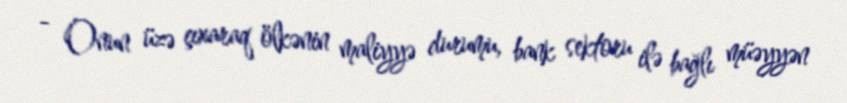
- Onun üzə çıxaraq ölkənin maliyyə durumu, bank sektoru ilə bağlı müəyyən